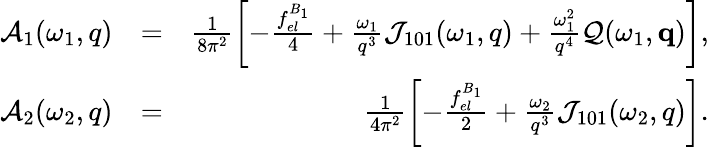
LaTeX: \begin{array}{rlr}{{\cal A}_{1}(\omega_{1},q)}&{=}&{\frac{1}{8\pi^{2}}\left[-\frac{f_{el}^{B_{1}}}{4}+\frac{\omega_{1}}{q^{3}}{\cal J}_{101}(\omega_{1},q)+\frac{\omega_{1}^{2}}{q^{4}}{\cal Q}(\omega_{1},\mathbf{q})\right],}\\ {{\cal A}_{2}(\omega_{2},q)}&{=}&{\frac{1}{4\pi^{2}}\left[-\frac{f_{el}^{B_{1}}}{2}+\frac{\omega_{2}}{q^{3}}{\cal J}_{101}(\omega_{2},q)\right].}\end{array}